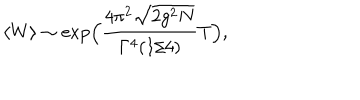
LaTeX: \langle W \rangle \sim \exp \Bigl ( \frac { 4 \pi ^ { 2 } \sqrt { 2 g ^ { 2 } N } } { \Gamma ^ { 4 } ( 1 / 4 ) } T \Bigr ) ,